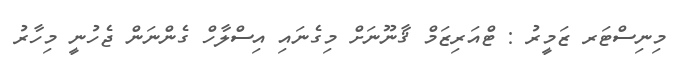
މިނިސްޓަރ ޒަމީރު : ޓްއަރިޒަމް ޤާނޫނަށް މިގެނައި އިސްލާހް ގެންނަން ޖެހުނީ މިހާރު